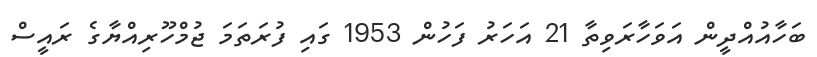
ބަހާއުއްދީން އަވަހާރަވިތާ 21 އަހަރު ފަހުން 1953 ގައި ފުރަތަމަ ޖުމްހޫރިއްޔާގެ ރައީސް